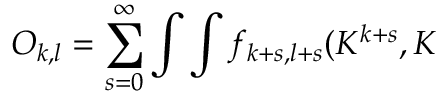
O _ { k , l } = \sum _ { s = 0 } ^ { \infty } \int \int f _ { k + s , l + s } ( { \cal K } ^ { k + s } , { \cal K }